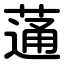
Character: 蓪